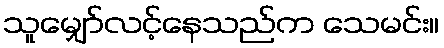
သူမျှော်လင့်နေသည်က သေမင်း။